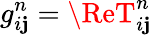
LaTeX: g_{i\mathbf{j}}^{n}=\ReT_{i\mathbf{j}}^{n}